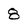
Character: 8